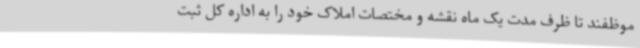
موظفند تا ظرف مدت یک ماه نقشه و مختصات املاک خود را به اداره کل ثبت